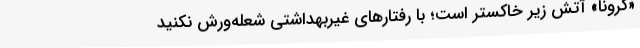
«کرونا» آتش زیر خاکستر است؛ با رفتارهای غیربهداشتی شعله‌ورش نکنید